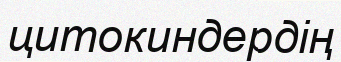
цитокиндердің